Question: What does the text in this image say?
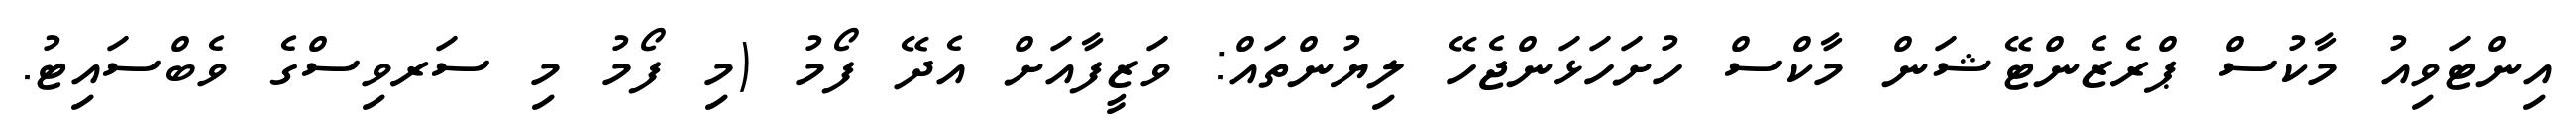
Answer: އިންޓަވިއު މާކުސް ޕްރެޒެންޓޭޝަން މާކްސް ހުށަހަޅަންޖެހޭ ލިޔުންތައް: ވަޒީފާއަށް އެދޭ ފޯމު (މި ފޯމު މި ސަރވިސްގެ ވެބްސައިޓު.